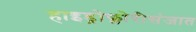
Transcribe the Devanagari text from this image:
हाइड्रोक्लोरीसंजात